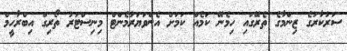
ސަރުކާރުގެ ޒިންމާގެ ތެރޭގައި ހިމެނޭ ކަމެއް ކަމަށް އެންވަޔަރުމެންޓް މިނިސްޓަރު ތޯރިގް އިބްރާހީމް